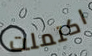
اكتملت